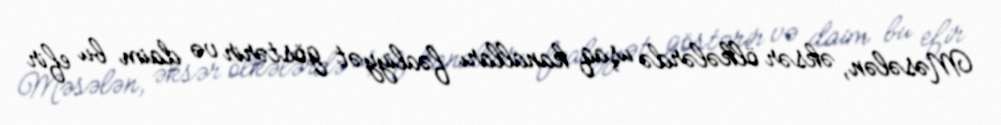
Məsələn, əksər ölkələrdə uşaq kanalları fəaliyyət göstərir və daim bu efir